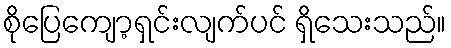
စိုပြေကျော့ရှင်းလျက်ပင် ရှိသေးသည်။